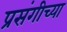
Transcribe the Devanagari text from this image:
प्रसंगीच्या